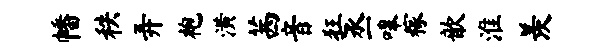
幡秩弄袍潢茜音狂丞嗥稼歆淮羡